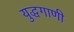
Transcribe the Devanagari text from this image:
युद्धगाणी